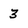
Character: 3